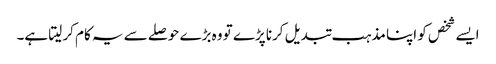
ایسے شخص کو اپنا مذہب تبدیل کرنا پڑے تو وہ بڑے حوصلے سے یہ کام کر لیتا ہے۔